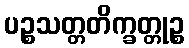
ပဉ္စသတ္တတိက္ခတ္တုဉ္စ